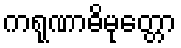
ကရုဏာဓိမုတ္တော